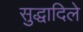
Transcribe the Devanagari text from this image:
सुद्धादिले